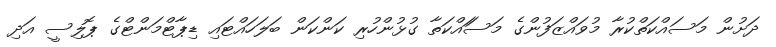
ދަށުން މަސައްކަތްކުރާ މުވައްޒަފުންގެ މަސަައްކަތާ ގުޅުންހުރި ކަންކަން ބަލަހައްޓައި ޑިޕާޓްމަންޓްގެ ޕޮލިސީ އަދި